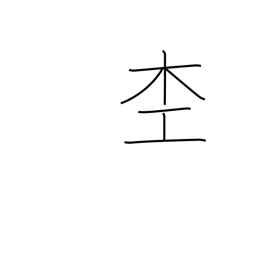
Meaning: woodworker